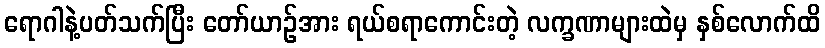
ရောဂါနဲ့ပတ်သက်ပြီး တော်ယာဉ်အား ရယ်စရာကောင်းတဲ့ လက္ခဏာများထဲမှ နှစ်လောက်ထိ